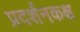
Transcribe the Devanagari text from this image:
प्रदर्शनकक्ष